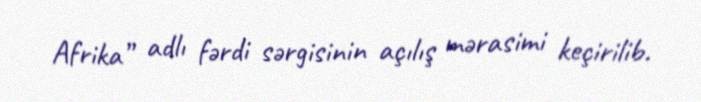
Afrika” adlı fərdi sərgisinin açılış mərasimi keçirilib.